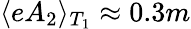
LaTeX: \langle eA_{2}\rangle_{T_{1}}\approx 0.3m